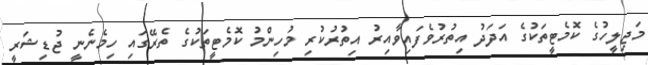
މަޖިލީހުގެ ކޮމެޓީތަކުގެ އަދަދު އިތުރުވެެފައިވާއިރު އިތުރުކުރި މުހިންމު ކޮމެޓީތަކުގެ ތެރޭގައި ހިމެނެނީ ޖުޑިޝަރީ